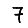
Digit: 7